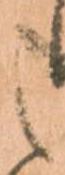
之